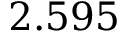
2 . 5 9 5